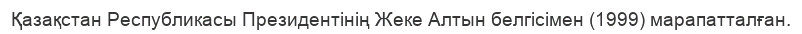
Қазақстан Республикасы Президентінің Жеке Алтын белгісімен (1999) марапатталған.